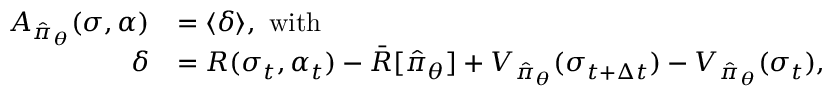
\begin{array} { r l } { A _ { \hat { \pi } _ { \boldsymbol { \theta } } } ( \sigma , \alpha ) } & { = \langle \delta \rangle , \mathrm { ~ w i t h ~ } } \\ { \delta } & { = R ( \sigma _ { t } , \alpha _ { t } ) - \bar { R } [ \hat { \pi } _ { \boldsymbol { \theta } } ] + V _ { \hat { \pi } _ { \boldsymbol { \theta } } } ( \sigma _ { t + \Delta t } ) - V _ { \hat { \pi } _ { \boldsymbol { \theta } } } ( \sigma _ { t } ) , } \end{array}